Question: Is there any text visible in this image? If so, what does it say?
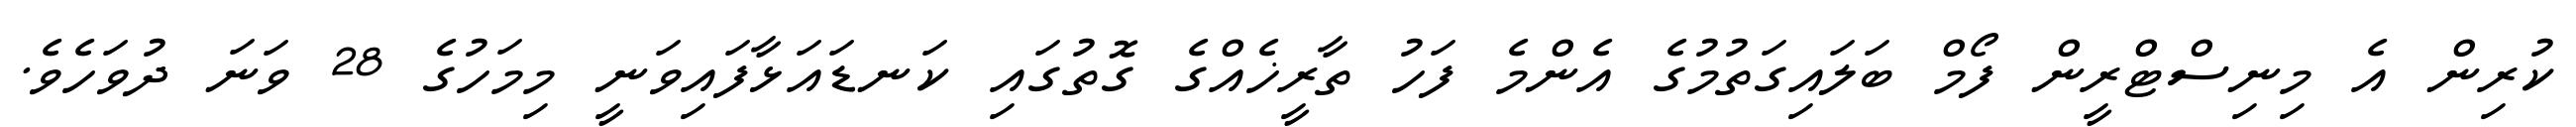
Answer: ކުރިން އެ މިނިސްޓްރީން ފޯމް ބަލައިގަތުމުގެ އެންމެ ފަހު ތާރީޚެއްގެ ގޮތުގައި ކަނޑައަޅާފައިވަނީ މިމަހުގެ 28 ވަނަ ދުވަހެވެ.